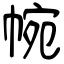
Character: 帵